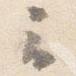
云